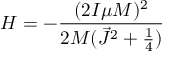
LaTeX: H = - \frac { ( 2 I \mu M ) ^ { 2 } } { 2 M ( \vec { J } ^ { 2 } + \frac { 1 } { 4 } ) }